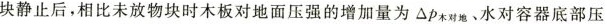
块静止后，相比未放物块时木板对地面压强的增加量为ΔP_{木对地}、水对容器底部压